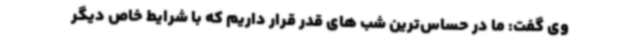
وی گفت: ما در حساس‌ترین شب های قدر قرار داریم که با شرایط خاص دیگر